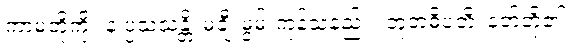
ကာမတို့ကို။ န ပ္ပသံသန္တိ၊ မချီးမွမ်းကုန်သနည်း။ ဘူတဓိပတိ၊ နတ်တို့၏